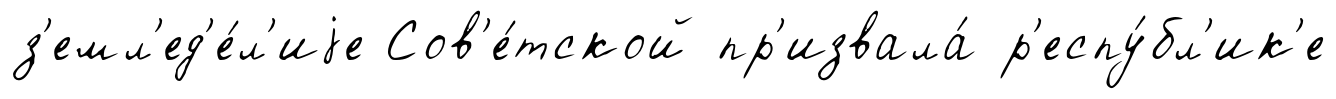
з'емл'ед'е́л'иjе Сов'е́тской пр'извала́ р'еспу́бл'ик'е